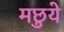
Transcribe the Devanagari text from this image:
मछुये